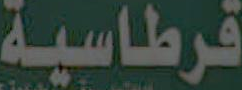
قرطاسية